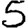
Digit: 5